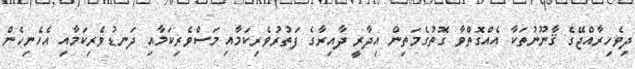
ދިވެހިރާއްޖޭގެ ޤާނޫނުތަކާ އެއްގޮތްވާ ގޮތުގެމަތިން އިދާރީ ދާއިރާގެ ފަތުރުވެރިކަމާއި މަސްވެރިކަމާއި ދަނޑުވެރިކަމާއި އެހެނިހެން